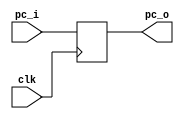
`timescale 1ns / 1ps
//////////////////////////////////////////////////////////////////////////////////
// Company: 
// Engineer: 
// 
// Design Name: 
// Module Name:    PC 
// Project Name: 
// Target Devices: 
// Tool versions: 
// Description: 
//
// Dependencies: 
//
// Revision: 
// Revision 0.01 - File Created
// Additional Comments: 
//
//////////////////////////////////////////////////////////////////////////////////
module PC(
	input clk,
	input [5:0]pc_i,
	output [5:0]pc_o
    );
	reg [5:0]PC;
	assign pc_o=PC;
	always@(posedge clk)
		PC=pc_i;
		
	initial
		PC=0;
endmodule